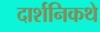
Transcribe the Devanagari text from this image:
दार्शनिकथे